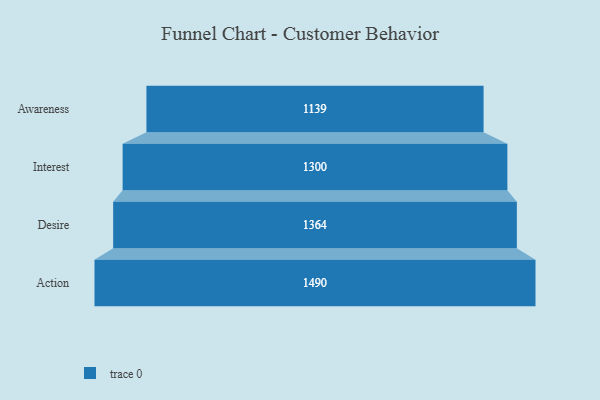
{"axis": {"x": "Stage", "y": "Value"}, "legend": [""], "data": [{"x": "Awareness", "y": 1139.0, "type": ""}, {"x": "Interest", "y": 1300.0, "type": ""}, {"x": "Desire", "y": 1364.0, "type": ""}, {"x": "Action", "y": 1490.0, "type": ""}]}